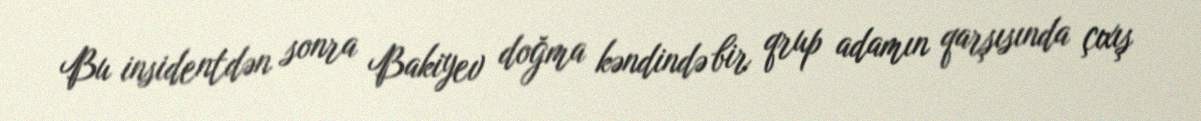
Bu insidentdən sonra Bakiyev doğma kəndində bir qrup adamın qarşısında çıxış